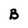
Character: B